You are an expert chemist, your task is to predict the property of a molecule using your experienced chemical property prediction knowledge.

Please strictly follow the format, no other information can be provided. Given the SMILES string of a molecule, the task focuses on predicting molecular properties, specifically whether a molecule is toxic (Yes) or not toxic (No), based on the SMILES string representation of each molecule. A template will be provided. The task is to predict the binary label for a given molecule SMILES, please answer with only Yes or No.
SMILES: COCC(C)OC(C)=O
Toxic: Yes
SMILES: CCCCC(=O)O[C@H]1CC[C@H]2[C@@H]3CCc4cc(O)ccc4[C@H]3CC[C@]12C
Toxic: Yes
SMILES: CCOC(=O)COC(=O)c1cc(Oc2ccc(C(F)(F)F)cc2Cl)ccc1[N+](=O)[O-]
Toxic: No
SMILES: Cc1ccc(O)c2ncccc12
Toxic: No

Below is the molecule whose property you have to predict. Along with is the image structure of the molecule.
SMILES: O=Cc1ccc(Cl)c(Cl)c1
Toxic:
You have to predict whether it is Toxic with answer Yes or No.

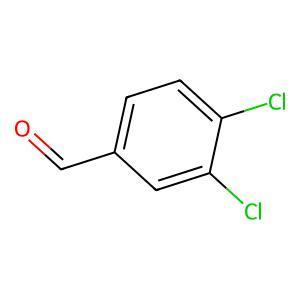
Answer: No